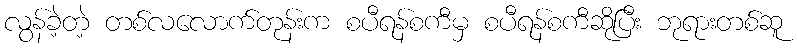
လွန်ခဲ့တဲ့ တစ်လလောက်တုန်းက စပီရန်စကီမှ စပီရန်စကီဆိုပြီး ဘုရားတစ်ဆူ